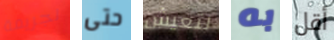
لجريمة حتى لتعيش به أقل